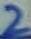
Text: 2